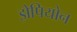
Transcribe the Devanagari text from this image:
झेपियोन